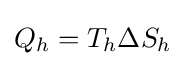
Q_{h}=T_{h}\Delta S_{h}